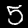
Label: 5